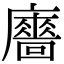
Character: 𢋾